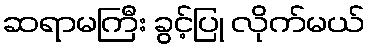
ဆရာမကြီး ခွင့်ပြု လိုက်မယ်